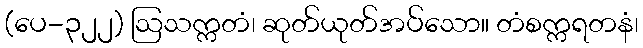
(ပေ-၃၂၂) ဩသက္ကတံ၊ ဆုတ်ယုတ်အပ်သော။ တံစက္ကရတနံ၊